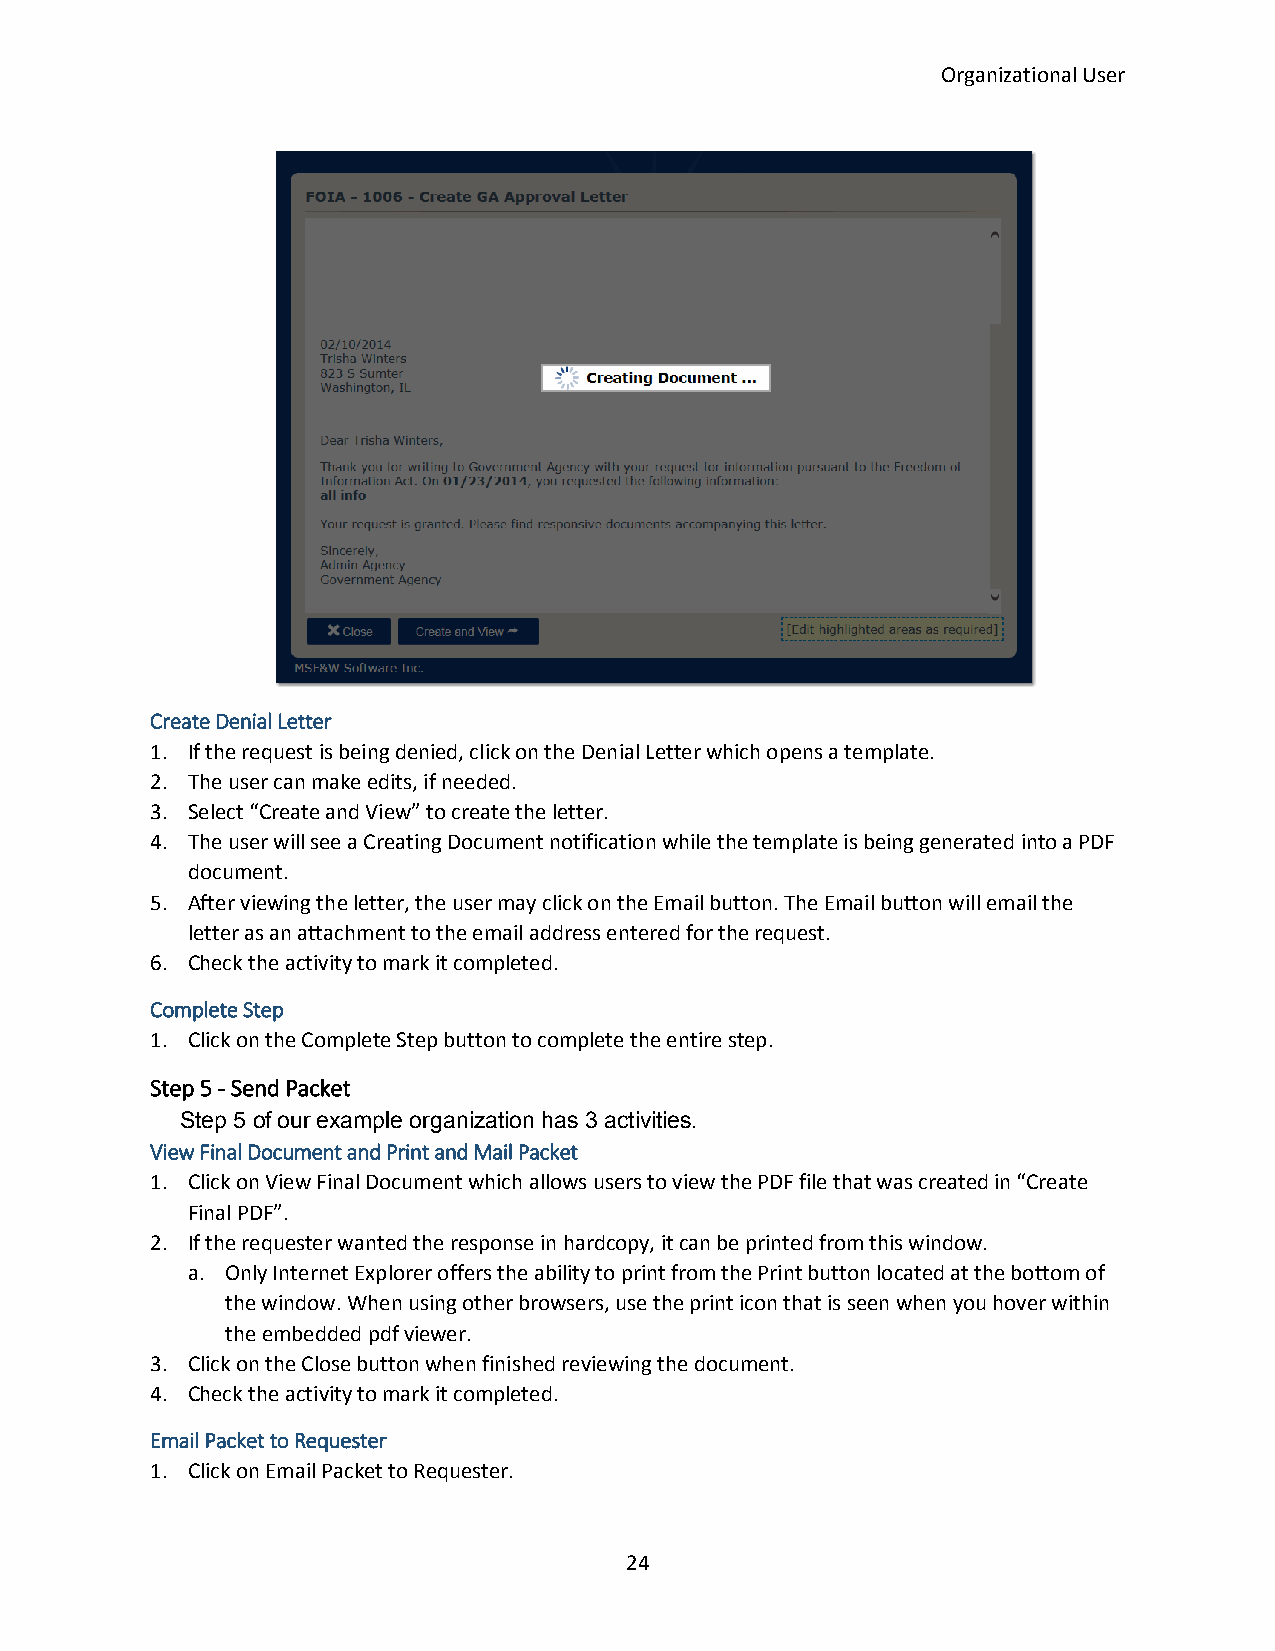
Organizational User
 Create Denial Letter
 1. If the request is being denied, click on the Denial Letter which opens a template.
 2. The user can make edits, if needed.
 3. Select “Create and View” to create the letter.
 4. The user will see a Creating Document notification while the template is being generated into a PDF
 document.
 5. After viewing the letter, the user may click on the Email button. The Email button will email the
 letter as an attachment to the email address entered for the request.
 6. Check the activity to mark it completed.
 Complete Step
 1. Click on the Complete Step button to complete the entire step.
 Step 5 - Send Packet
 Step 5 of our example organization has 3 activities.
 View Final Document and Print and Mail Packet
 1. Click on View Final Document which allows users to view the PDF file that was created in “Create
 Final PDF”.
 2. If the requester wanted the response in hardcopy, it can be printed from this window.
 a. Only Internet Explorer offers the ability to print from the Print button located at the bottom of
 the window. When using other browsers, use the print icon that is seen when you hover within
 the embedded pdf viewer.
 3. Click on the Close button when finished reviewing the document.
 4. Check the activity to mark it completed.
 Email Packet to Requester
 1. Click on Email Packet to Requester.
 24